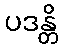
ပဒန္တိ